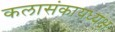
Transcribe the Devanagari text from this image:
कलासंकायध्यक्ष